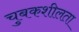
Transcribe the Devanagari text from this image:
चुबकशीलता